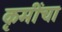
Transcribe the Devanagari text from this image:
कृमींचा